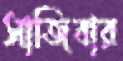
সাজিবার